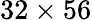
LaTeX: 32\times 56